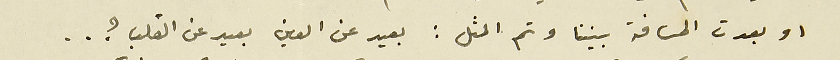
او بعدت المسافة بيننا وتم المثل: بعيد عن العين بعيد عن القلب ؟ ..